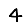
Digit: 4